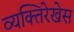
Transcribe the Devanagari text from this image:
व्यक्तिरेखेस